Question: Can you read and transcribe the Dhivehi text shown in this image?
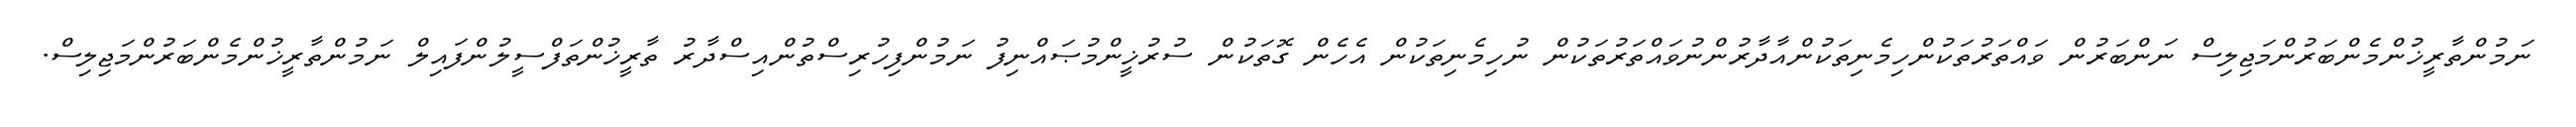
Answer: ނަމުންތާރީޚުންމެންބަރުންމަޖިލިސް ނަންބަރުން ވައްތަރުތަކުންހިމެނިތަކުންއާދާރުންނުވައްތަރުތަކުން ނުހިމެނިތަކުން އެހެން ގޮތަކުން ސުރުޚީންމުޞައްނިފު ނަމުންފިހުރިސްތުންއިސްދާރު ތާރީޚުންތަފްސީލުންފައިލް ނަމުންތާރީޚުންމެންބަރުންމަޖިލިސް.